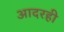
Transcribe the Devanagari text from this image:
आदरही